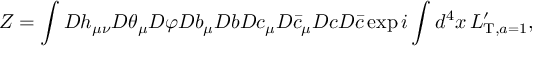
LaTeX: Z = \int { \cal D } h _ { \mu \nu } { \cal D } \theta _ { \mu } { \cal D } \varphi { \cal D } b _ { \mu } { \cal D } b { \cal D } c _ { \mu } { \cal D } \bar { c } _ { \mu } { \cal D } c { \cal D } \bar { c } \exp i \int d ^ { 4 } x \, L _ { \mathrm { T } , a = 1 } ^ { \prime } ,